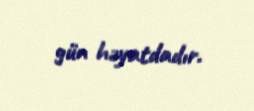
gün həyatdadır.